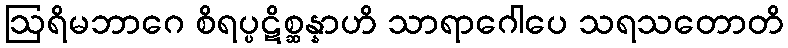
ဩရိမဘာဂေ စိရပ္ပဋိစ္ဆန္နာဟိ သာရာဂေါပေ သရသတောတိ